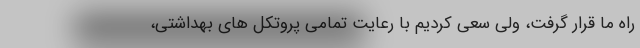
راه ما قرار گرفت، ولی سعی کردیم با رعایت تمامی پروتکل های بهداشتی،